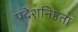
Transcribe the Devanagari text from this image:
प्रदेशनिष्ठता